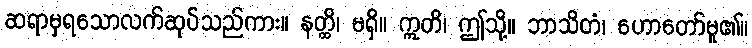
ဆရာမှရသောလက်ဆုပ်သည်ကား။ နတ္ထိ၊ မရှိ။ ဣတိ၊ ဤသို့။ ဘာသိတံ၊ ဟောတော်မူ၏။